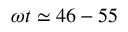
\omega t \simeq 4 6 - 5 5